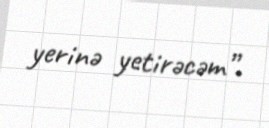
yerinə yetirəcəm”.